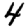
Digit: 4